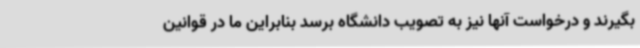
بگیرند و درخواست آنها نیز به تصویب دانشگاه برسد بنابراین ما در قوانین